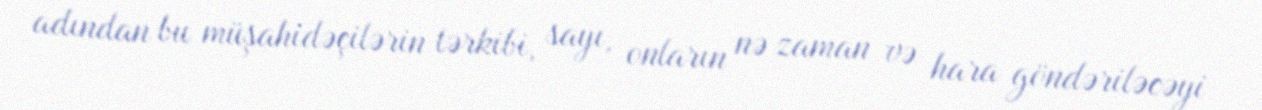
adından bu müşahidəçilərin tərkibi, sayı, onların nə zaman və hara göndəriləcəyi